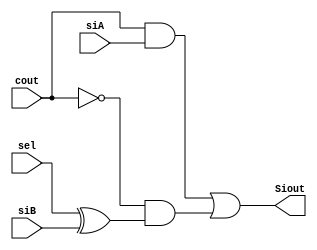
module Xacdinhdau(Siout,sel,cout,siA,siB);
input sel,cout,siA,siB;
output Siout;
wire n1,n2,n3,coutb;
xor(n1,sel,siB);
not(coutb,cout);
and(n2,coutb,n1);
and(n3,cout,siA);
or(Siout,n3,n2);
endmodule